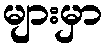
များမှာ